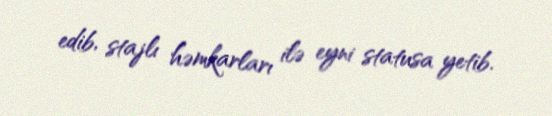
edib, stajlı həmkarları ilə eyni statusa yetib.